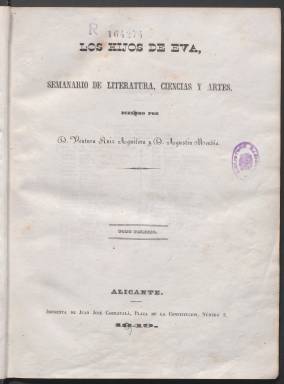
Título: Los Hijos de Eva
Colección: Cultura
Ámbito geográfico: Madrid
Lugar de publicación: Madrid
Fechas: 01/01/1849-10/02/1850